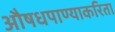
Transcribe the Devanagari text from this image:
औषधपाण्याकरिता